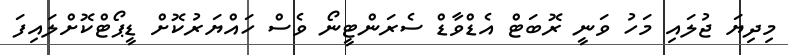
މިދިޔަ ޖުލައި މަހު ވަނީ ރޮބަޓް އެޑްވާޑް ސެރަންޓީނޯ ވެސް ހައްޔަރުކޮށް ޑީޕޯޓްކޮށްލައިފަ